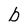
Character: b